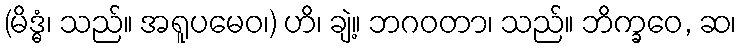
(မိဒ္ဓံ၊ သည်။ အရူပမေဝ၊) ဟိ၊ ချဲ့။ ဘဂဝတာ၊ သည်။ ဘိက္ခဝေ, ဆ၊